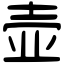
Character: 壶